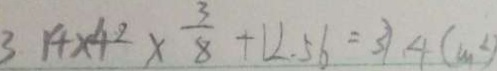
3 1 4 \times 4 ^ { 2 } \times \frac { 3 } { 8 } + 1 2 . 5 6 = 3 1 . 4 ( m ^ { 2 } )